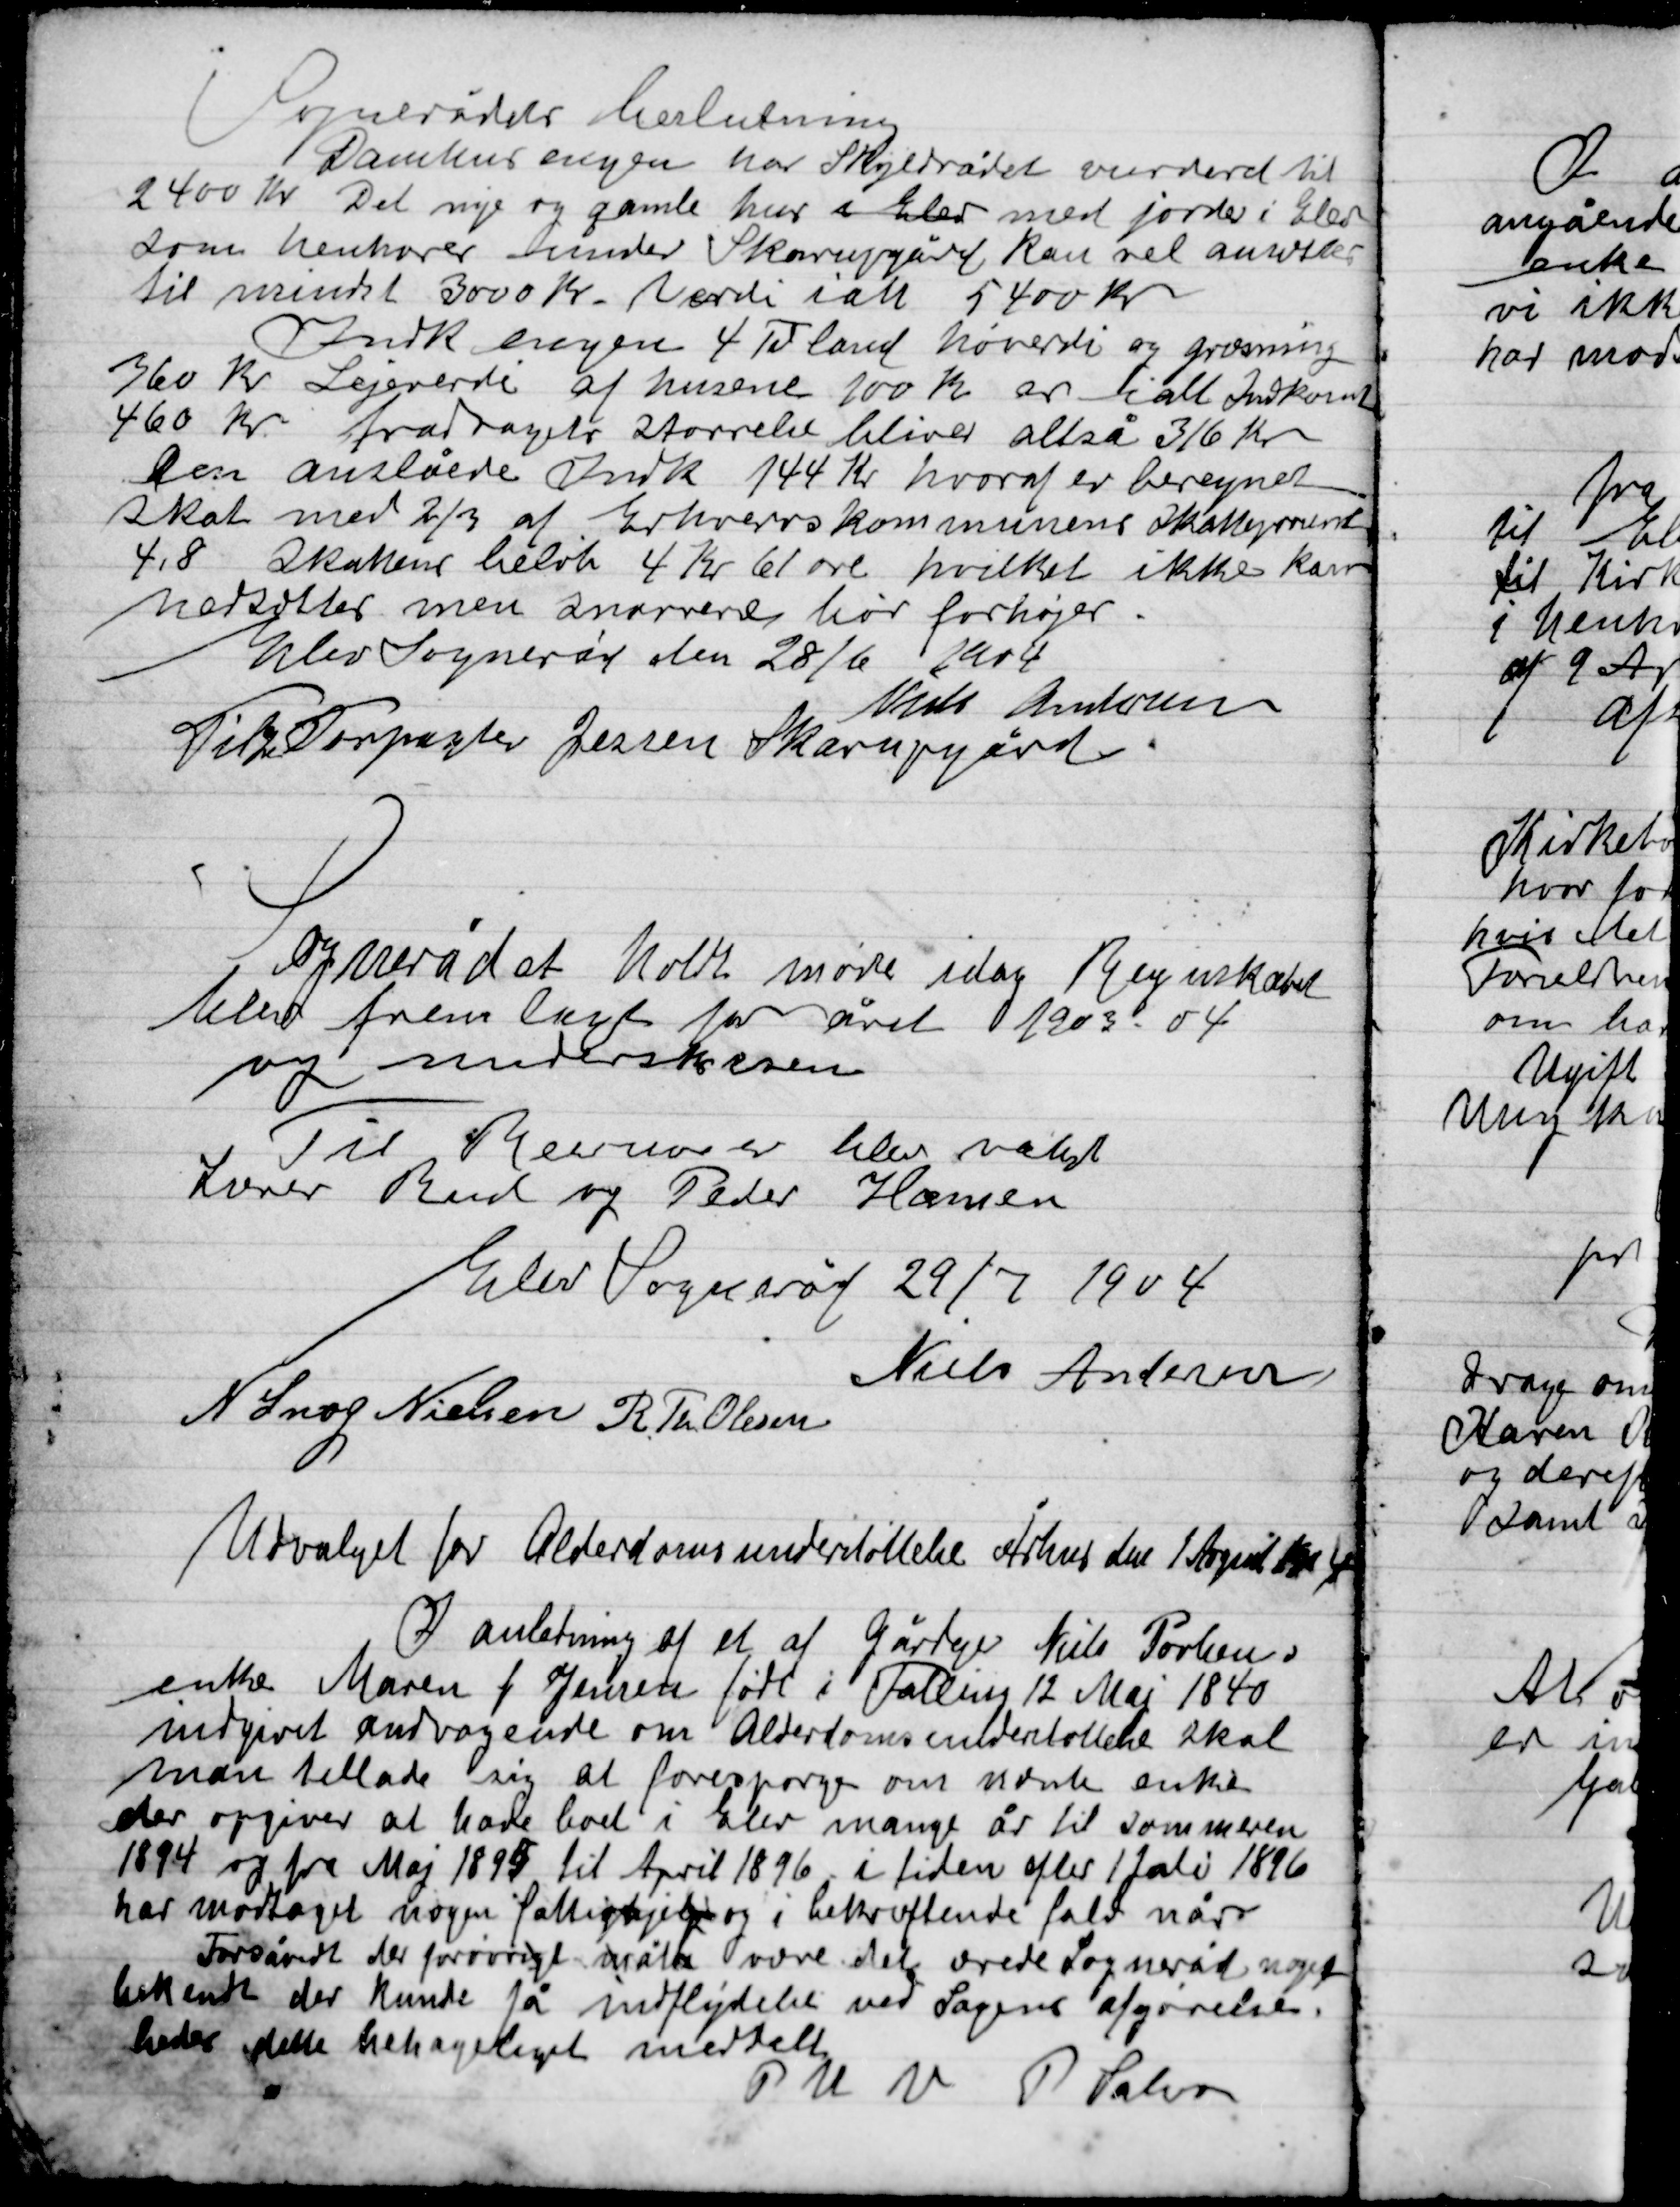
Transskription:
Sognerådets beslutning
Damhus egnen har Skyldrådet vurderet til
2400 Kr. Det nye og gamle hus i Elev med jorder i Elev
som henhøre under Skarupgård kan vel omvurderes
til mindst 3000 Kr. Værdi i alt 5400 Kr.
Damhusengen 4 Td. land hoveri og græsning
360 Kr. Lejeverdi af husene 100 Kr. er i alt Indkomst
460 Kr. fradrager størrelse bliver altså 316 Kr.
Den anslåede Indk. 144 Kr. hvoraf er beregnet
skat med 2/3 af Erhvervskommunens Skatteprocent
4,8 Skattens beløb 4 Kr. 61 øre hvilket ikke kan
nedsættes men snarere bør forhøjes
Elev Sogneråd den 28 / 6 1904
Niels Andersen
Til Forpagter Jessen Skarupgård

Sognerådet holdt møde i dag Regnskabet
blev fremlagt for året 1903 – 04
og underskreven

Til Revisorer blev valgt
Lærer Rud og Peder Hansen

Elev sogneråd 29 /7 1904

Niels Andersen
N. Snog Nielsen
R. Th. Olsen

Udvalget for Alderdomsunderstøttelse Århus den 1 August 1904
I anledning af et af gårdejer Niels Poulsens
enke Maren F Jensen født i Falling 12 Maj 1840
indgivet andragende om Alderdomsunderstøttelse skal
man tillade sig at forespørge om nævnte enke
der opgiver a have boet i Elev mange år til sommeren
1894 og fra Maj 1895 til April 1896 i tiden efter 1 Juli 1896
har modtaget nogen fattighjælp og i bekræftende fald når
Forsamt de forøvrige måtte være det ærede Sogneråd nogle
bekendt der kunde få indflydelse ved Sagens afgørelse.
bedes dette behageligst meddelt
P.U.V. P.